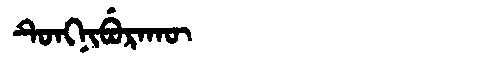
Manchu: ᡨᡠᠩᠨᡳᠪᡠᡵᠠᡴᡡ
Romanization: TUNGNIBURAKŪ